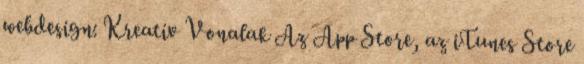
webdesign: Kreatív Vonalak Az App Store, az iTunes Store